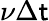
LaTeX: \nu\Delta\mathsf{t}